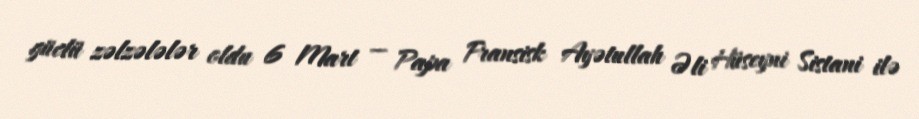
güclü zəlzələlər oldu 6 Mart — Papa Fransisk Ayətullah Əli Hüseyni Sistani ilə